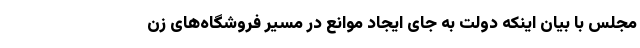
مجلس با بیان اینکه دولت به جای ایجاد موانع در مسیر فروشگاه‌های زن